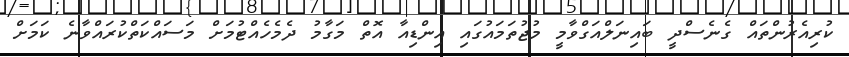
ކުރިއެރުންތައް ގެނެސްދީ ބައިނަލްއަގްވާމީ މުޖުތަމައުގައި އިންޑިއާ އޮތް މަގާމު ދެމެހެއްޓުމަށް މަސައްކަތްކުރައްވާނެ ކަމަށް